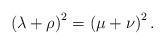
LaTeX: \begin{align*}\left(\lambda+\rho\right)^2=\left(\mu+\nu\right)^2.\end{align*}